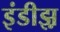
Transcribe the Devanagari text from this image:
इंडीझ़़